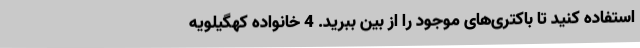
استفاده کنید تا باکتری‌های موجود را از بین ببرید. 4 خانواده کهگیلویه